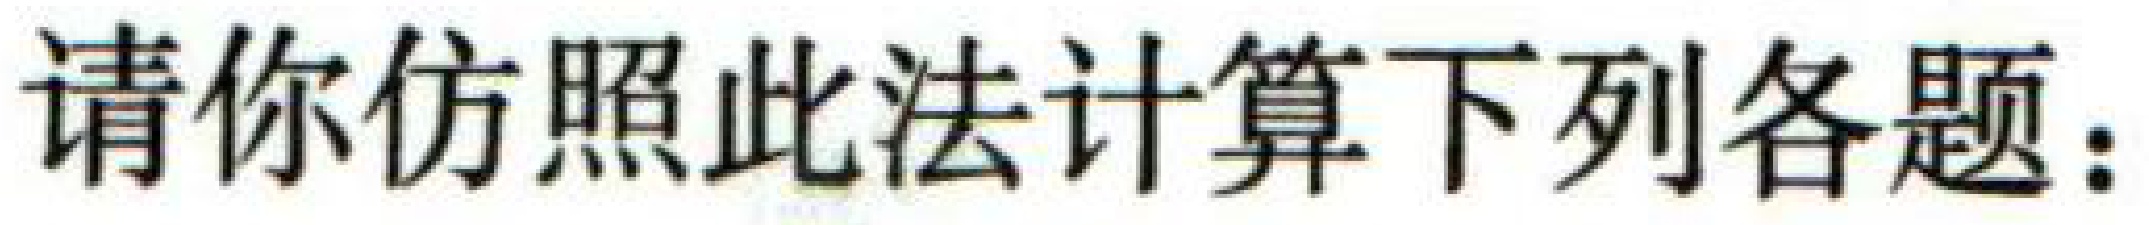
请你仿照此法计算下列各题：